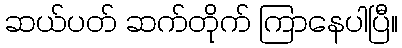
ဆယ်ပတ် ဆက်တိုက် ကြာနေပါပြီ။